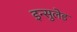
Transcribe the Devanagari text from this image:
इन्सुलेड